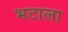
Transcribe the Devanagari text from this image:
भटाला